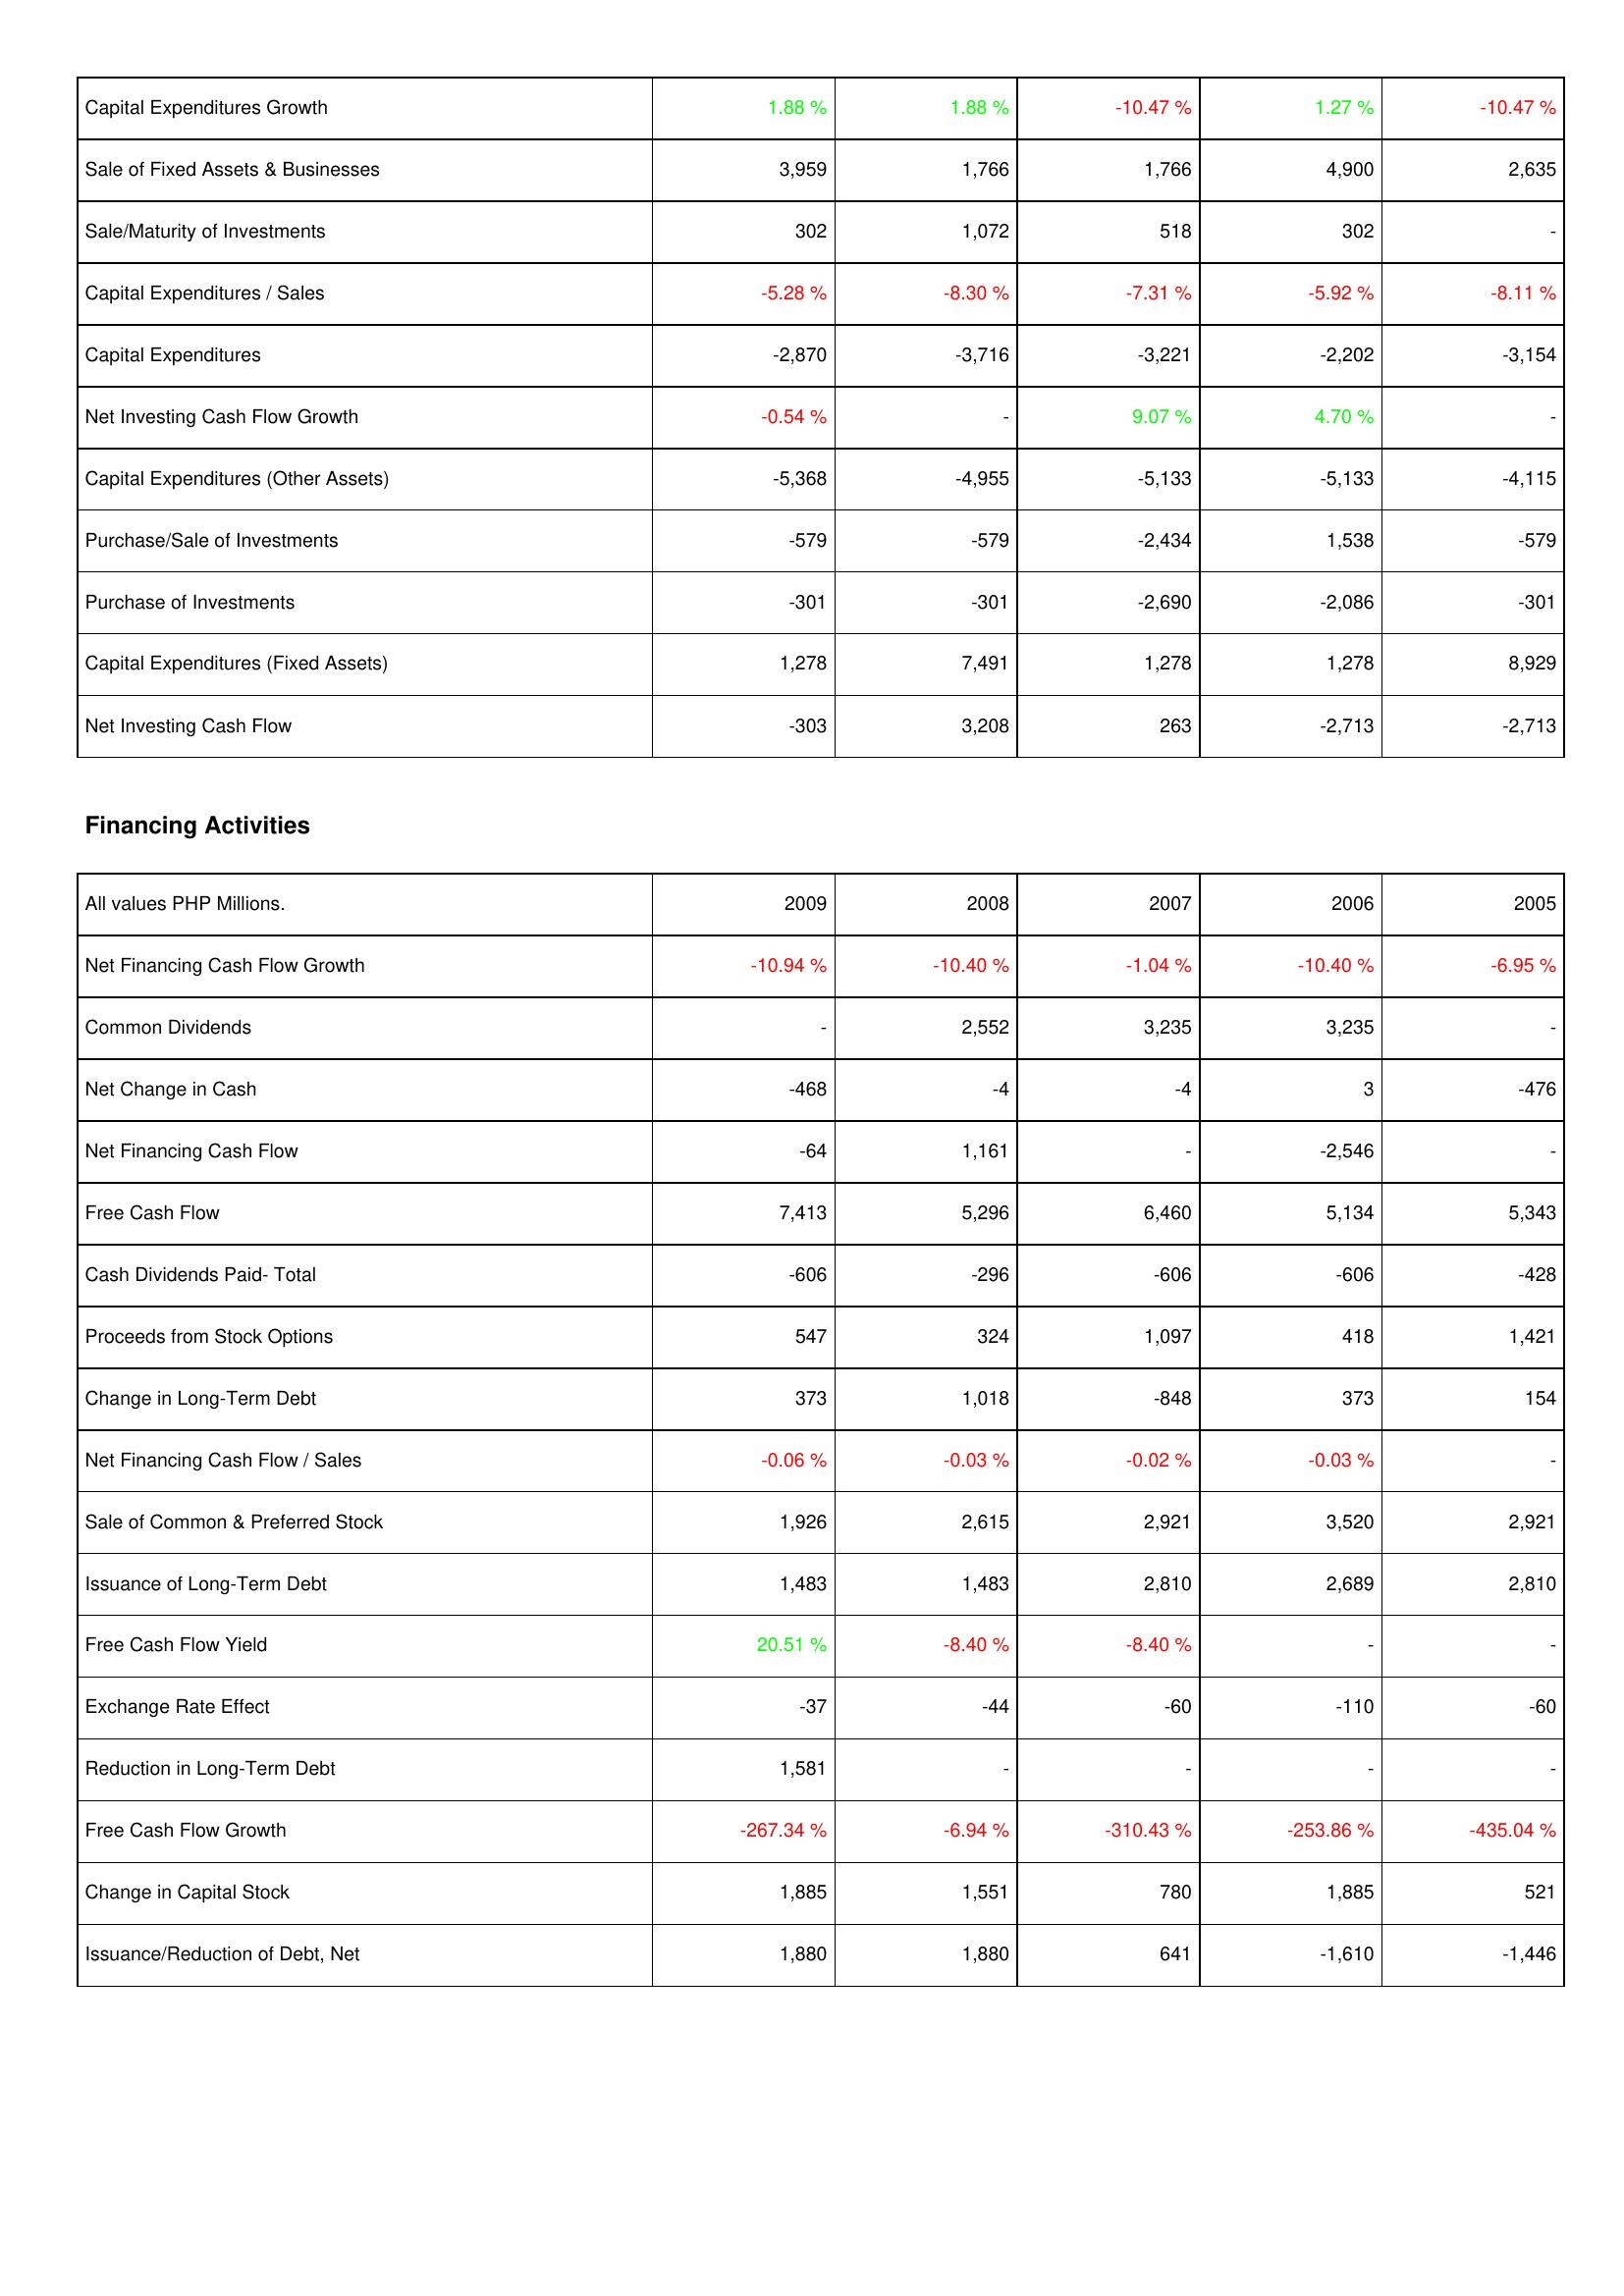
2009: Investing Activities: Capital Expenditures Growth: 1.88 %
Sale of Fixed Assets & Businesses: 3,959
Sale/Maturity of Investments: 302
Capital Expenditures / Sales: -5.28 %
Capital Expenditures: -2,870
Net Investing Cash Flow Growth: -0.54 %
Capital Expenditures (Other Assets): -5,368
Purchase/Sale of Investments: -579
Purchase of Investments: -301
Capital Expenditures (Fixed Assets): 1,278
Net Investing Cash Flow: -303
Financing Activities: Net Financing Cash Flow Growth: -10.94 %
Common Dividends: -
Net Change in Cash: -468
Net Financing Cash Flow: -64
Free Cash Flow: 7,413
Cash Dividends Paid- Total: -606
Proceeds from Stock Options: 547
Change in Long-Term Debt: 373
Net Financing Cash Flow / Sales: -0.06 %
Sale of Common & Preferred Stock: 1,926
Issuance of Long-Term Debt: 1,483
Free Cash Flow Yield: 20.51 %
Exchange Rate Effect: -37
Reduction in Long-Term Debt: 1,581
Free Cash Flow Growth: -267.34 %
Change in Capital Stock: 1,885
Issuance/Reduction of Debt, Net: 1,880
2008: Investing Activities: Capital Expenditures Growth: 1.88 %
Sale of Fixed Assets & Businesses: 1,766
Sale/Maturity of Investments: 1,072
Capital Expenditures / Sales: -8.30 %
Capital Expenditures: -3,716
Net Investing Cash Flow Growth: -
Capital Expenditures (Other Assets): -4,955
Purchase/Sale of Investments: -579
Purchase of Investments: -301
Capital Expenditures (Fixed Assets): 7,491
Net Investing Cash Flow: 3,208
Financing Activities: Net Financing Cash Flow Growth: -10.40 %
Common Dividends: 2,552
Net Change in Cash: -4
Net Financing Cash Flow: 1,161
Free Cash Flow: 5,296
Cash Dividends Paid- Total: -296
Proceeds from Stock Options: 324
Change in Long-Term Debt: 1,018
Net Financing Cash Flow / Sales: -0.03 %
Sale of Common & Preferred Stock: 2,615
Issuance of Long-Term Debt: 1,483
Free Cash Flow Yield: -8.40 %
Exchange Rate Effect: -44
Reduction in Long-Term Debt: -
Free Cash Flow Growth: -6.94 %
Change in Capital Stock: 1,551
Issuance/Reduction of Debt, Net: 1,880
2007: Investing Activities: Capital Expenditures Growth: -10.47 %
Sale of Fixed Assets & Businesses: 1,766
Sale/Maturity of Investments: 518
Capital Expenditures / Sales: -7.31 %
Capital Expenditures: -3,221
Net Investing Cash Flow Growth: 9.07 %
Capital Expenditures (Other Assets): -5,133
Purchase/Sale of Investments: -2,434
Purchase of Investments: -2,690
Capital Expenditures (Fixed Assets): 1,278
Net Investing Cash Flow: 263
Financing Activities: Net Financing Cash Flow Growth: -1.04 %
Common Dividends: 3,235
Net Change in Cash: -4
Net Financing Cash Flow: -
Free Cash Flow: 6,460
Cash Dividends Paid- Total: -606
Proceeds from Stock Options: 1,097
Change in Long-Term Debt: -848
Net Financing Cash Flow / Sales: -0.02 %
Sale of Common & Preferred Stock: 2,921
Issuance of Long-Term Debt: 2,810
Free Cash Flow Yield: -8.40 %
Exchange Rate Effect: -60
Reduction in Long-Term Debt: -
Free Cash Flow Growth: -310.43 %
Change in Capital Stock: 780
Issuance/Reduction of Debt, Net: 641
2006: Investing Activities: Capital Expenditures Growth: 1.27 %
Sale of Fixed Assets & Businesses: 4,900
Sale/Maturity of Investments: 302
Capital Expenditures / Sales: -5.92 %
Capital Expenditures: -2,202
Net Investing Cash Flow Growth: 4.70 %
Capital Expenditures (Other Assets): -5,133
Purchase/Sale of Investments: 1,538
Purchase of Investments: -2,086
Capital Expenditures (Fixed Assets): 1,278
Net Investing Cash Flow: -2,713
Financing Activities: Net Financing Cash Flow Growth: -10.40 %
Common Dividends: 3,235
Net Change in Cash: 3
Net Financing Cash Flow: -2,546
Free Cash Flow: 5,134
Cash Dividends Paid- Total: -606
Proceeds from Stock Options: 418
Change in Long-Term Debt: 373
Net Financing Cash Flow / Sales: -0.03 %
Sale of Common & Preferred Stock: 3,520
Issuance of Long-Term Debt: 2,689
Free Cash Flow Yield: -
Exchange Rate Effect: -110
Reduction in Long-Term Debt: -
Free Cash Flow Growth: -253.86 %
Change in Capital Stock: 1,885
Issuance/Reduction of Debt, Net: -1,610
2005: Investing Activities: Capital Expenditures Growth: -10.47 %
Sale of Fixed Assets & Businesses: 2,635
Sale/Maturity of Investments: -
Capital Expenditures / Sales: -8.11 %
Capital Expenditures: -3,154
Net Investing Cash Flow Growth: -
Capital Expenditures (Other Assets): -4,115
Purchase/Sale of Investments: -579
Purchase of Investments: -301
Capital Expenditures (Fixed Assets): 8,929
Net Investing Cash Flow: -2,713
Financing Activities: Net Financing Cash Flow Growth: -6.95 %
Common Dividends: -
Net Change in Cash: -476
Net Financing Cash Flow: -
Free Cash Flow: 5,343
Cash Dividends Paid- Total: -428
Proceeds from Stock Options: 1,421
Change in Long-Term Debt: 154
Net Financing Cash Flow / Sales: -
Sale of Common & Preferred Stock: 2,921
Issuance of Long-Term Debt: 2,810
Free Cash Flow Yield: -
Exchange Rate Effect: -60
Reduction in Long-Term Debt: -
Free Cash Flow Growth: -435.04 %
Change in Capital Stock: 521
Issuance/Reduction of Debt, Net: -1,446